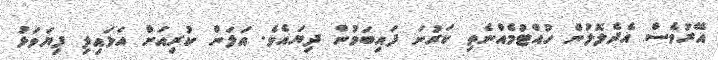
އޭރުވެސް އެދެލޮލުން ހުއްޓުމެއްނެތި ކަރުނަ ފައިބަމުން ދިޔައެވެ. އަލަން ކުރިއަށް އަޅައިލި ފިޔަވަޅު